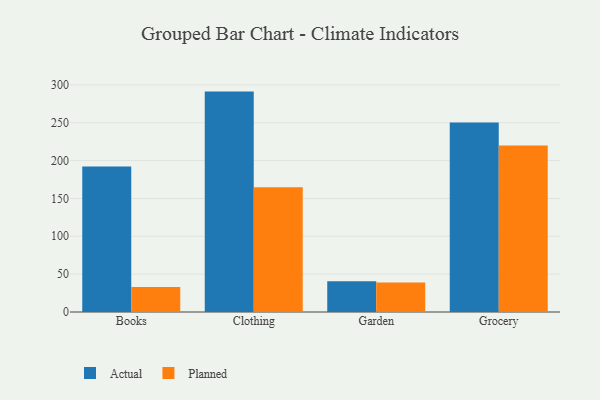
{"axis": {"x": "Category", "y": "Operating Costs (USD K)"}, "legend": ["Actual", "Planned"], "data": [{"x": "Books", "y": 192.2, "type": "Actual"}, {"x": "Books", "y": 33.1, "type": "Planned"}, {"x": "Clothing", "y": 291.1, "type": "Actual"}, {"x": "Clothing", "y": 164.9, "type": "Planned"}, {"x": "Garden", "y": 40.5, "type": "Actual"}, {"x": "Garden", "y": 39.1, "type": "Planned"}, {"x": "Grocery", "y": 250.3, "type": "Actual"}, {"x": "Grocery", "y": 219.8, "type": "Planned"}]}